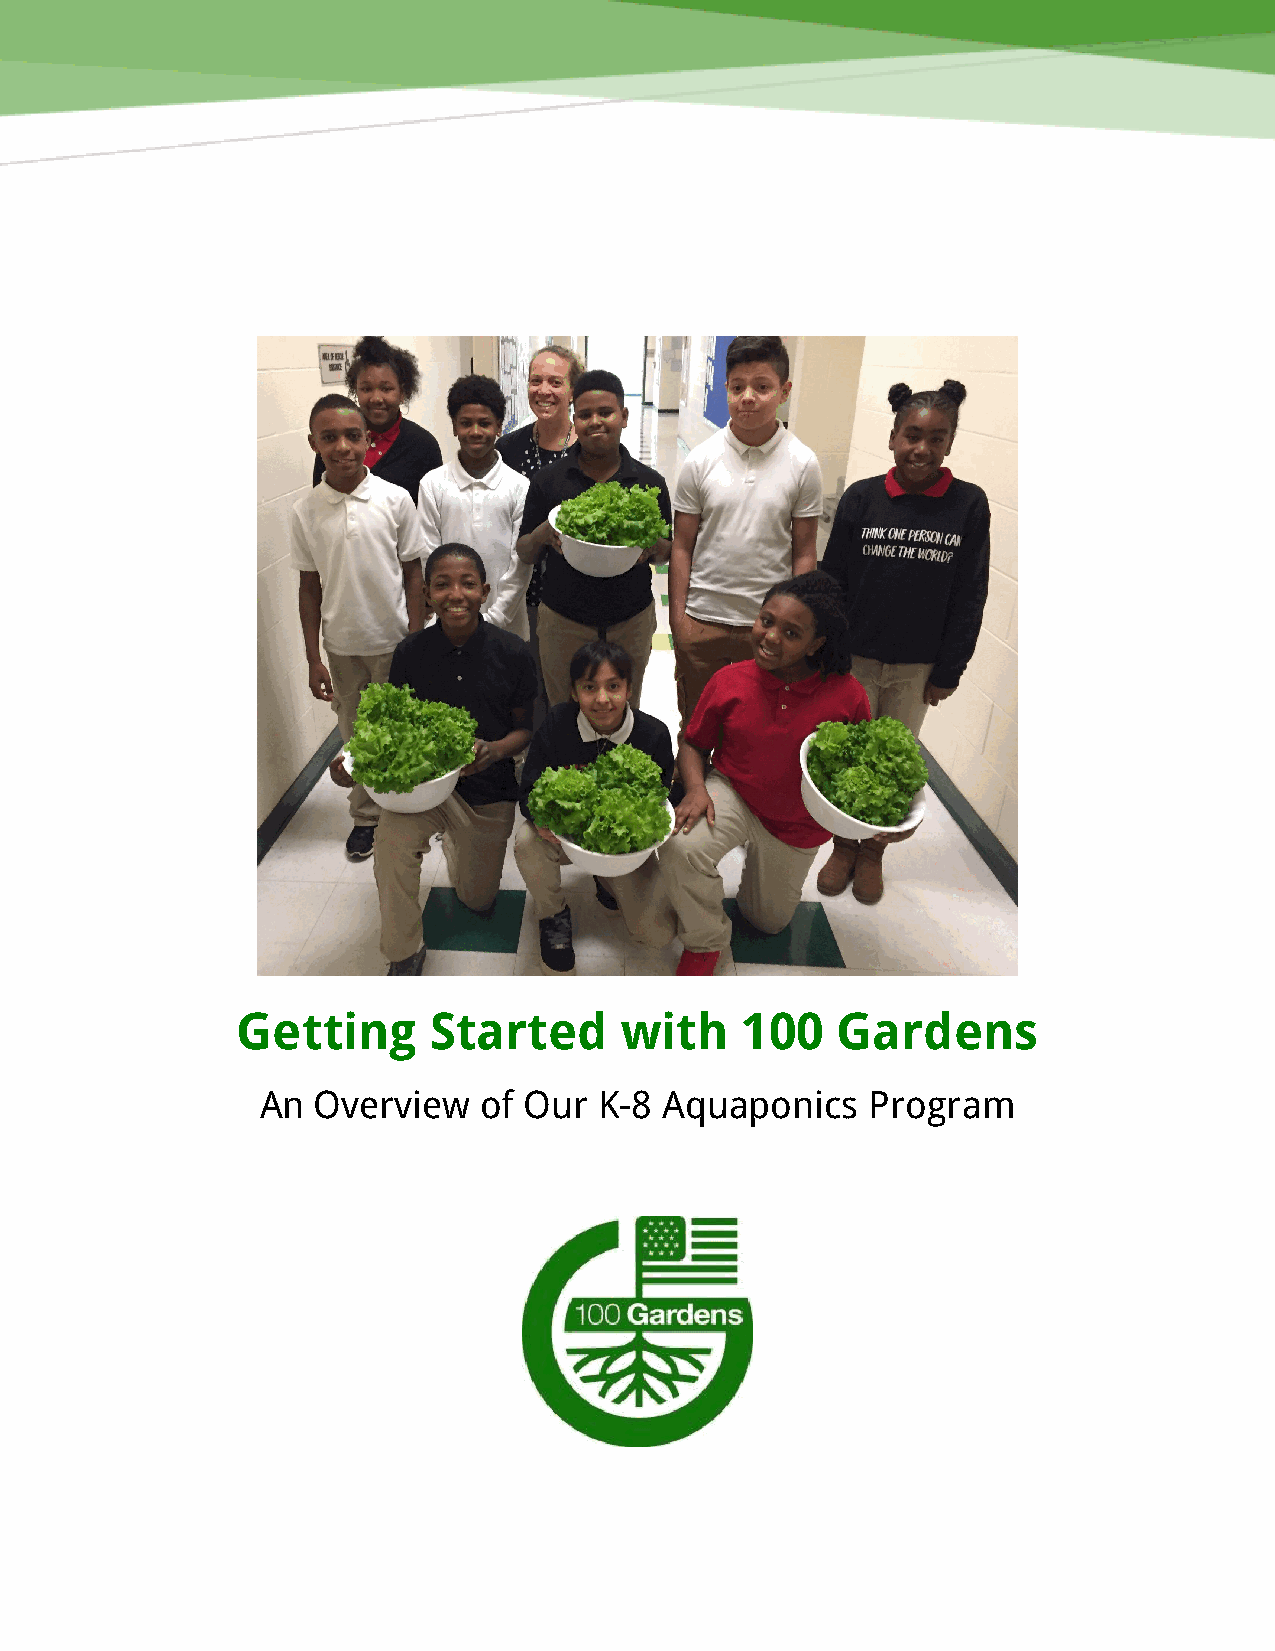
Getting      Started     with    100   Gardens
 An  Overview   of Our  K-8 Aquaponics    Program